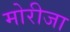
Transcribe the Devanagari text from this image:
मोरीजा